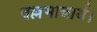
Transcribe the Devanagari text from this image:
वल्लभाचार्य।